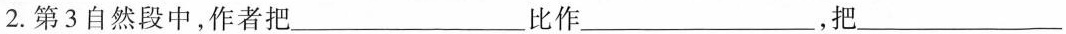
2.第3自然段中，作者把__比作___，把___